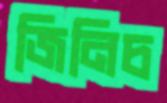
জিনিচ